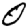
Digit: 0